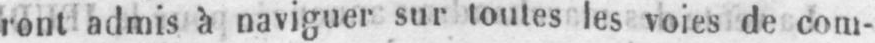
ront admis à naviguer sur toutes les voies de com-